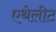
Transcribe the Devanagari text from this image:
एथेलीट